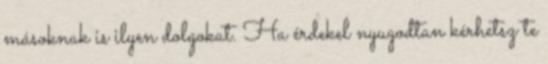
másoknak is ilyen dolgokat. Ha érdekel nyugodtan kérhetsz te